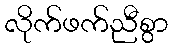
လိုက်ဖက်ညီစွာ